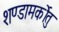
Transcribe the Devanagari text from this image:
शण्डामर्कोतु